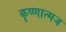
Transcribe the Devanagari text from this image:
कृष्णात्मज